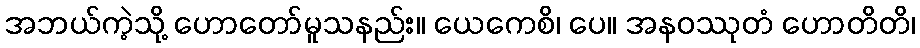
အဘယ်ကဲ့သို့ ဟောတော်မူသနည်း။ ယေကေစိ၊ ပေ။ အနဝဿုတံ ဟောတိတိ၊